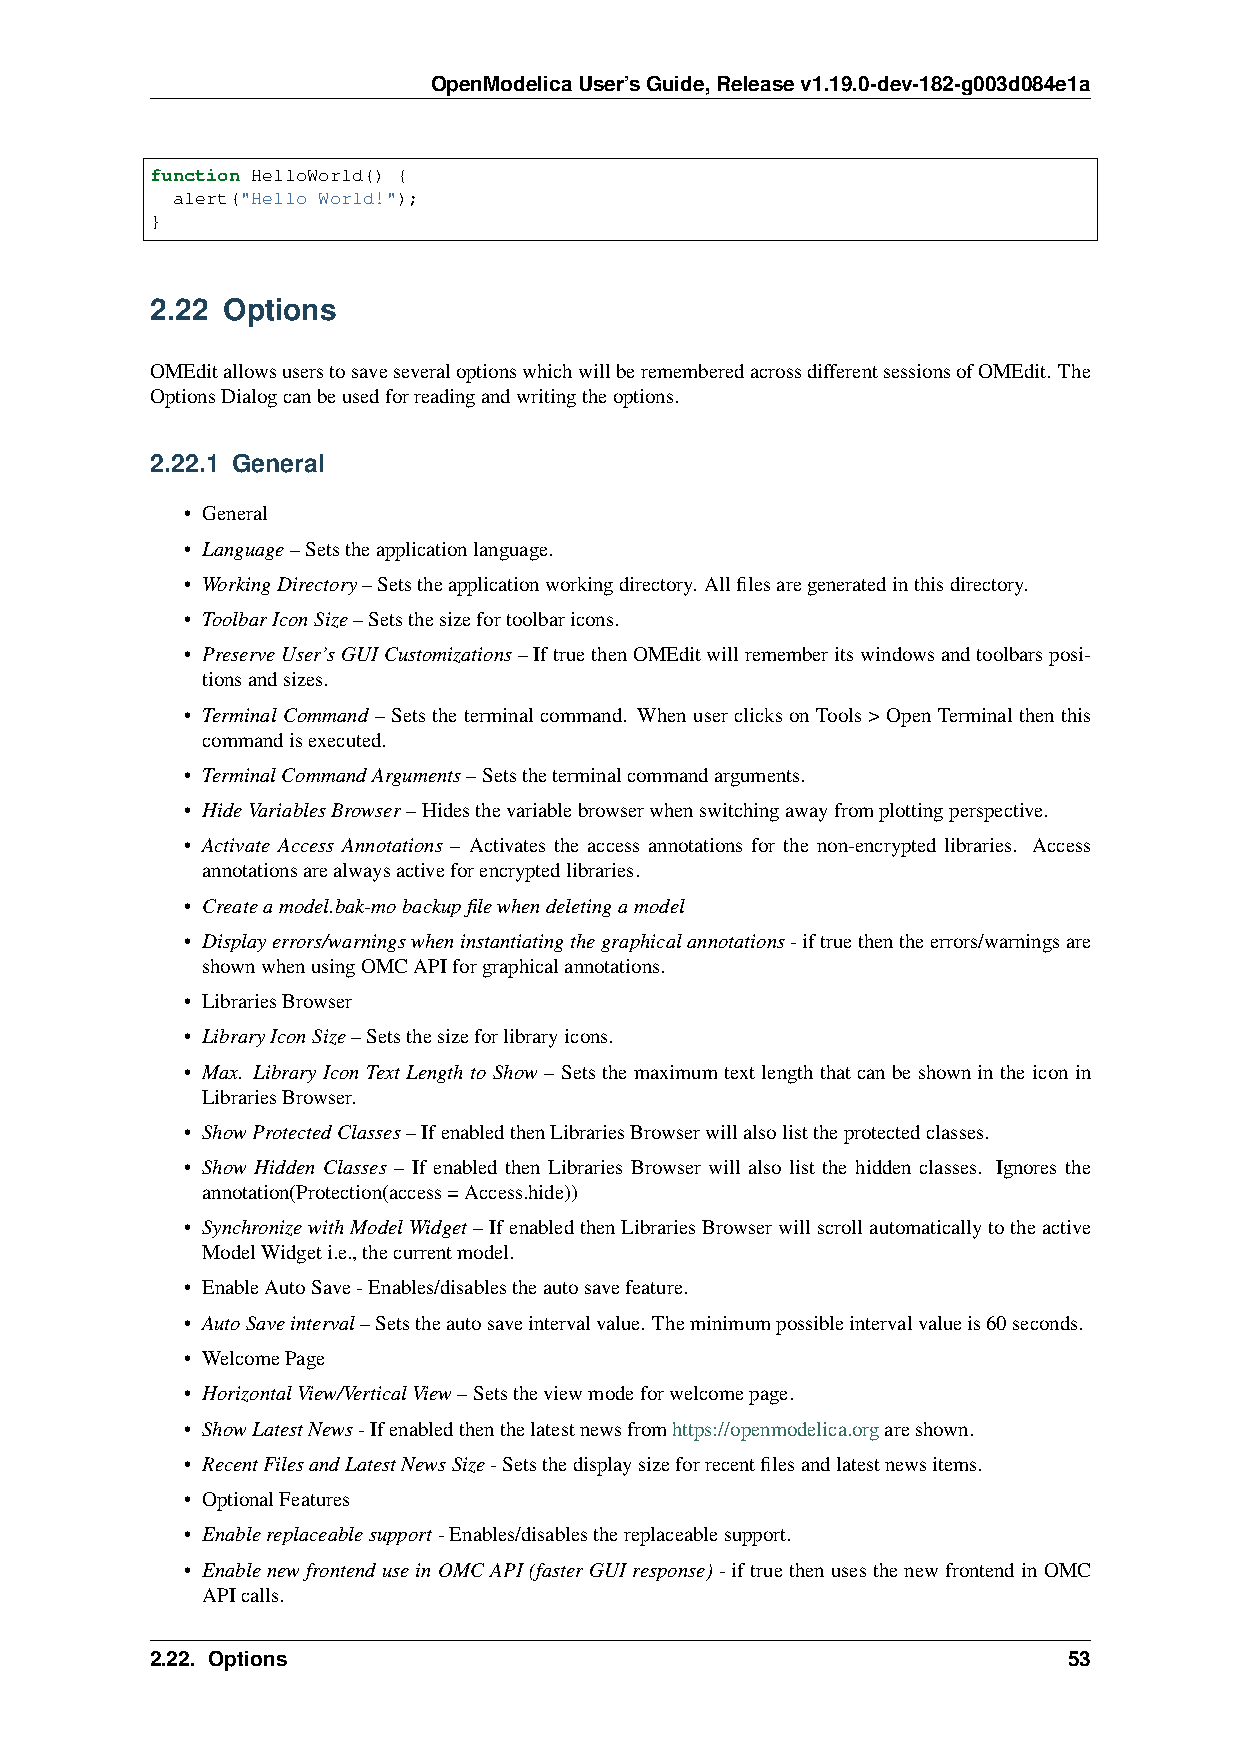
OpenModelicaUser’sGuide,Releasev1.19.0-dev-182-g003d084e1a
 function HelloWorld() {
 alert("Hello World!");
 }
 2.22 Options
 OMEditallowsuserstosaveseveraloptionswhichwillberememberedacrossdifferentsessionsofOMEdit. The
 OptionsDialogcanbeusedforreadingandwritingtheoptions.
 2.22.1 General
 • General
 • Language–Setstheapplicationlanguage.
 • WorkingDirectory–Setstheapplicationworkingdirectory. Allfilesaregeneratedinthisdirectory.
 • ToolbarIconSize–Setsthesizefortoolbaricons.
 • PreserveUser’sGUICustomizations–IftruethenOMEditwillrememberitswindowsandtoolbarsposi-
 tionsandsizes.
 • Terminal Command – Sets the terminal command. When user clicks on Tools > Open Terminal then this
 commandisexecuted.
 • TerminalCommandArguments–Setstheterminalcommandarguments.
 • HideVariablesBrowser–Hidesthevariablebrowserwhenswitchingawayfromplottingperspective.
 • Activate Access Annotations – Activates the access annotations for the non-encrypted libraries. Access
 annotationsarealwaysactiveforencryptedlibraries.
 • Createamodel.bak-mobackupfilewhendeletingamodel
 • Displayerrors/warningswheninstantiatingthegraphicalannotations-iftruethentheerrors/warningsare
 shownwhenusingOMCAPIforgraphicalannotations.
 • LibrariesBrowser
 • LibraryIconSize–Setsthesizeforlibraryicons.
 • Max. Library Icon Text Length to Show – Sets the maximum text length that can be shown in the icon in
 LibrariesBrowser.
 • ShowProtectedClasses–IfenabledthenLibrariesBrowserwillalsolisttheprotectedclasses.
 • Show Hidden Classes – If enabled then Libraries Browser will also list the hidden classes. Ignores the
 annotation(Protection(access=Access.hide))
 • SynchronizewithModelWidget –IfenabledthenLibrariesBrowserwillscrollautomaticallytotheactive
 ModelWidgeti.e.,thecurrentmodel.
 • EnableAutoSave-Enables/disablestheautosavefeature.
 • AutoSaveinterval–Setstheautosaveintervalvalue. Theminimumpossibleintervalvalueis60seconds.
 • WelcomePage
 • HorizontalView/VerticalView–Setstheviewmodeforwelcomepage.
 • ShowLatestNews-Ifenabledthenthelatestnewsfromhttps://openmodelica.orgareshown.
 • RecentFilesandLatestNewsSize-Setsthedisplaysizeforrecentfilesandlatestnewsitems.
 • OptionalFeatures
 • Enablereplaceablesupport-Enables/disablesthereplaceablesupport.
 • EnablenewfrontenduseinOMCAPI(fasterGUIresponse)-iftruethenusesthenewfrontendinOMC
 APIcalls.
 2.22. Options                                                53